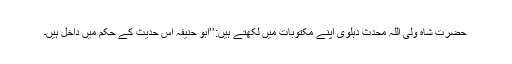
حضرت شاہ ولی اللہ محدث دہلویؒ اپنے مکتوبات میں لکھتے ہیں:’’ابو حنیفہؒ اس حدیث کے حکم میں داخل ہیں۔